Mental hospitals Bombay report 1929-33 - 1929-1933
Year: 1929
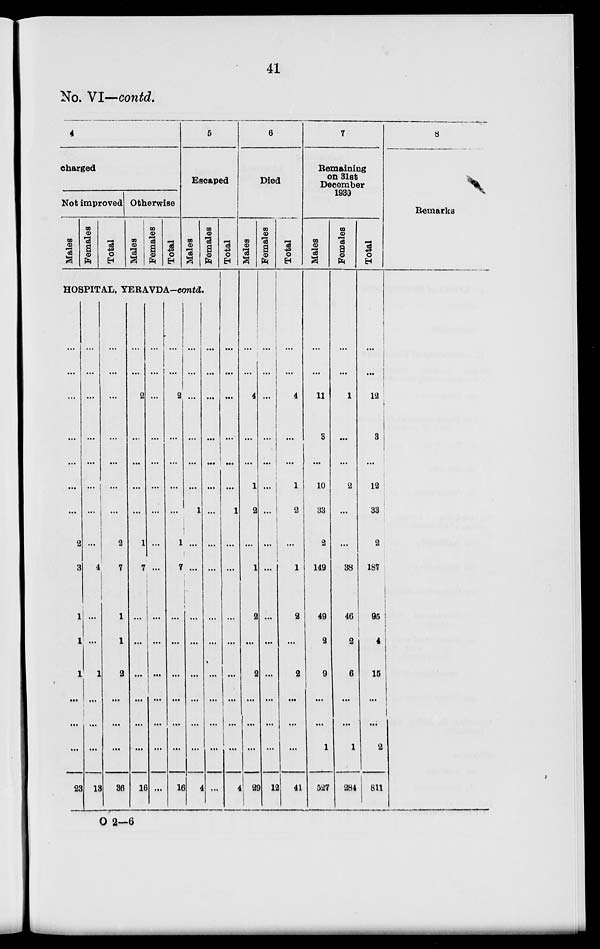
41
No. VI—contd.
4
charged
Not improved
Males
Females
Total
Otherwise
Males
Females
Total
5
Escaped
Males
Females
HOSPITAL, YERAVDA-contd.
...
...
...
...
...
...
...
2
3
1
1
1
...
...
...
22
...
...
...
...
...
...
...
...
4
...
...
1
...
...
...
13
...
...
...
...
...
...
...
2
...
1
1
2
...
...
...
36
...
...
2
...
...
...
...
1
7
...
...
...
...
...
...
16
...
...
...
...
...
...
...
...
...
...
...
...
...
...
...
...
...
...
2
...
...
...
...
1
7
...
...
...
...
...
...
16
...
...
...
...
...
...
1
...
...
...
...
...
...
...
...
4
...
...
...
...
...
...
...
...
...
...
...
...
...
...
...
...
Total
...
...
...
...
...
...
1
...
...
...
...
...
...
...
...
4
6
Died
Males
...
...
4
...
...
1
2
...
1
2
...
2
...
...
...
29
Females
...
...
...
...
...
...
...
...
...
...
...
...
...
...
12
Total
...
...
4
...
...
1
2
...
1
2
...
2
...
...
...
41
7
Remaining
on 31st
December
1930
Males
...
...
11
3
...
10
33
2
149
49
2
9
...
...
1
527
Females
...
...
1
...
...
2
...
...
38
46
2
6
...
...
1
284
Total
...
...
12
3
...
12
33
2
187
95
4
15
...
...
2
811
8
Remarks
O 2-6